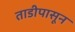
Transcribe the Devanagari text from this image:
ताडीपासून